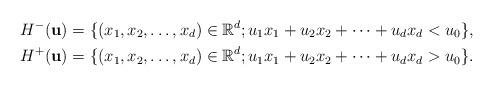
LaTeX: \begin{align*}& H^-(\mathbf{u})=\{ (x_1, x_2, \dots, x_d)\in \mathbb{R}^d; u_1x_1 + u_2x_2+ \dots +u_d x_d < u_0 \}, \\& H^+(\mathbf{u})=\{ (x_1, x_2, \dots, x_d)\in \mathbb{R}^d; u_1x_1 + u_2x_2+ \dots +u_d x_d > u_0 \}.\end{align*}